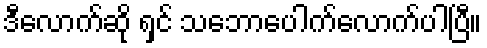
ဒီလောက်ဆို ရှင် သဘောပေါက်လောက်ပါပြီ။